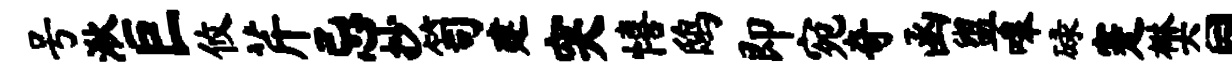
号湫巨攸芹忌抄笥建突僖鸱即宛奇函盥嗥碌蹇樊同